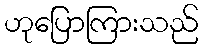
ဟုပြောကြားသည်